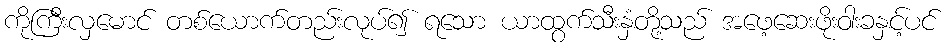
ကိုကြီးလှမောင် တစ်ယောက်တည်းလုပ်၍ ရသော ယာထွက်သီးနှံတို့သည် အဖေ့ဆေးဖိုးဝါးခနှင့်ပင်